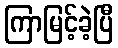
ကြာမြင့်ခဲ့ပြီ